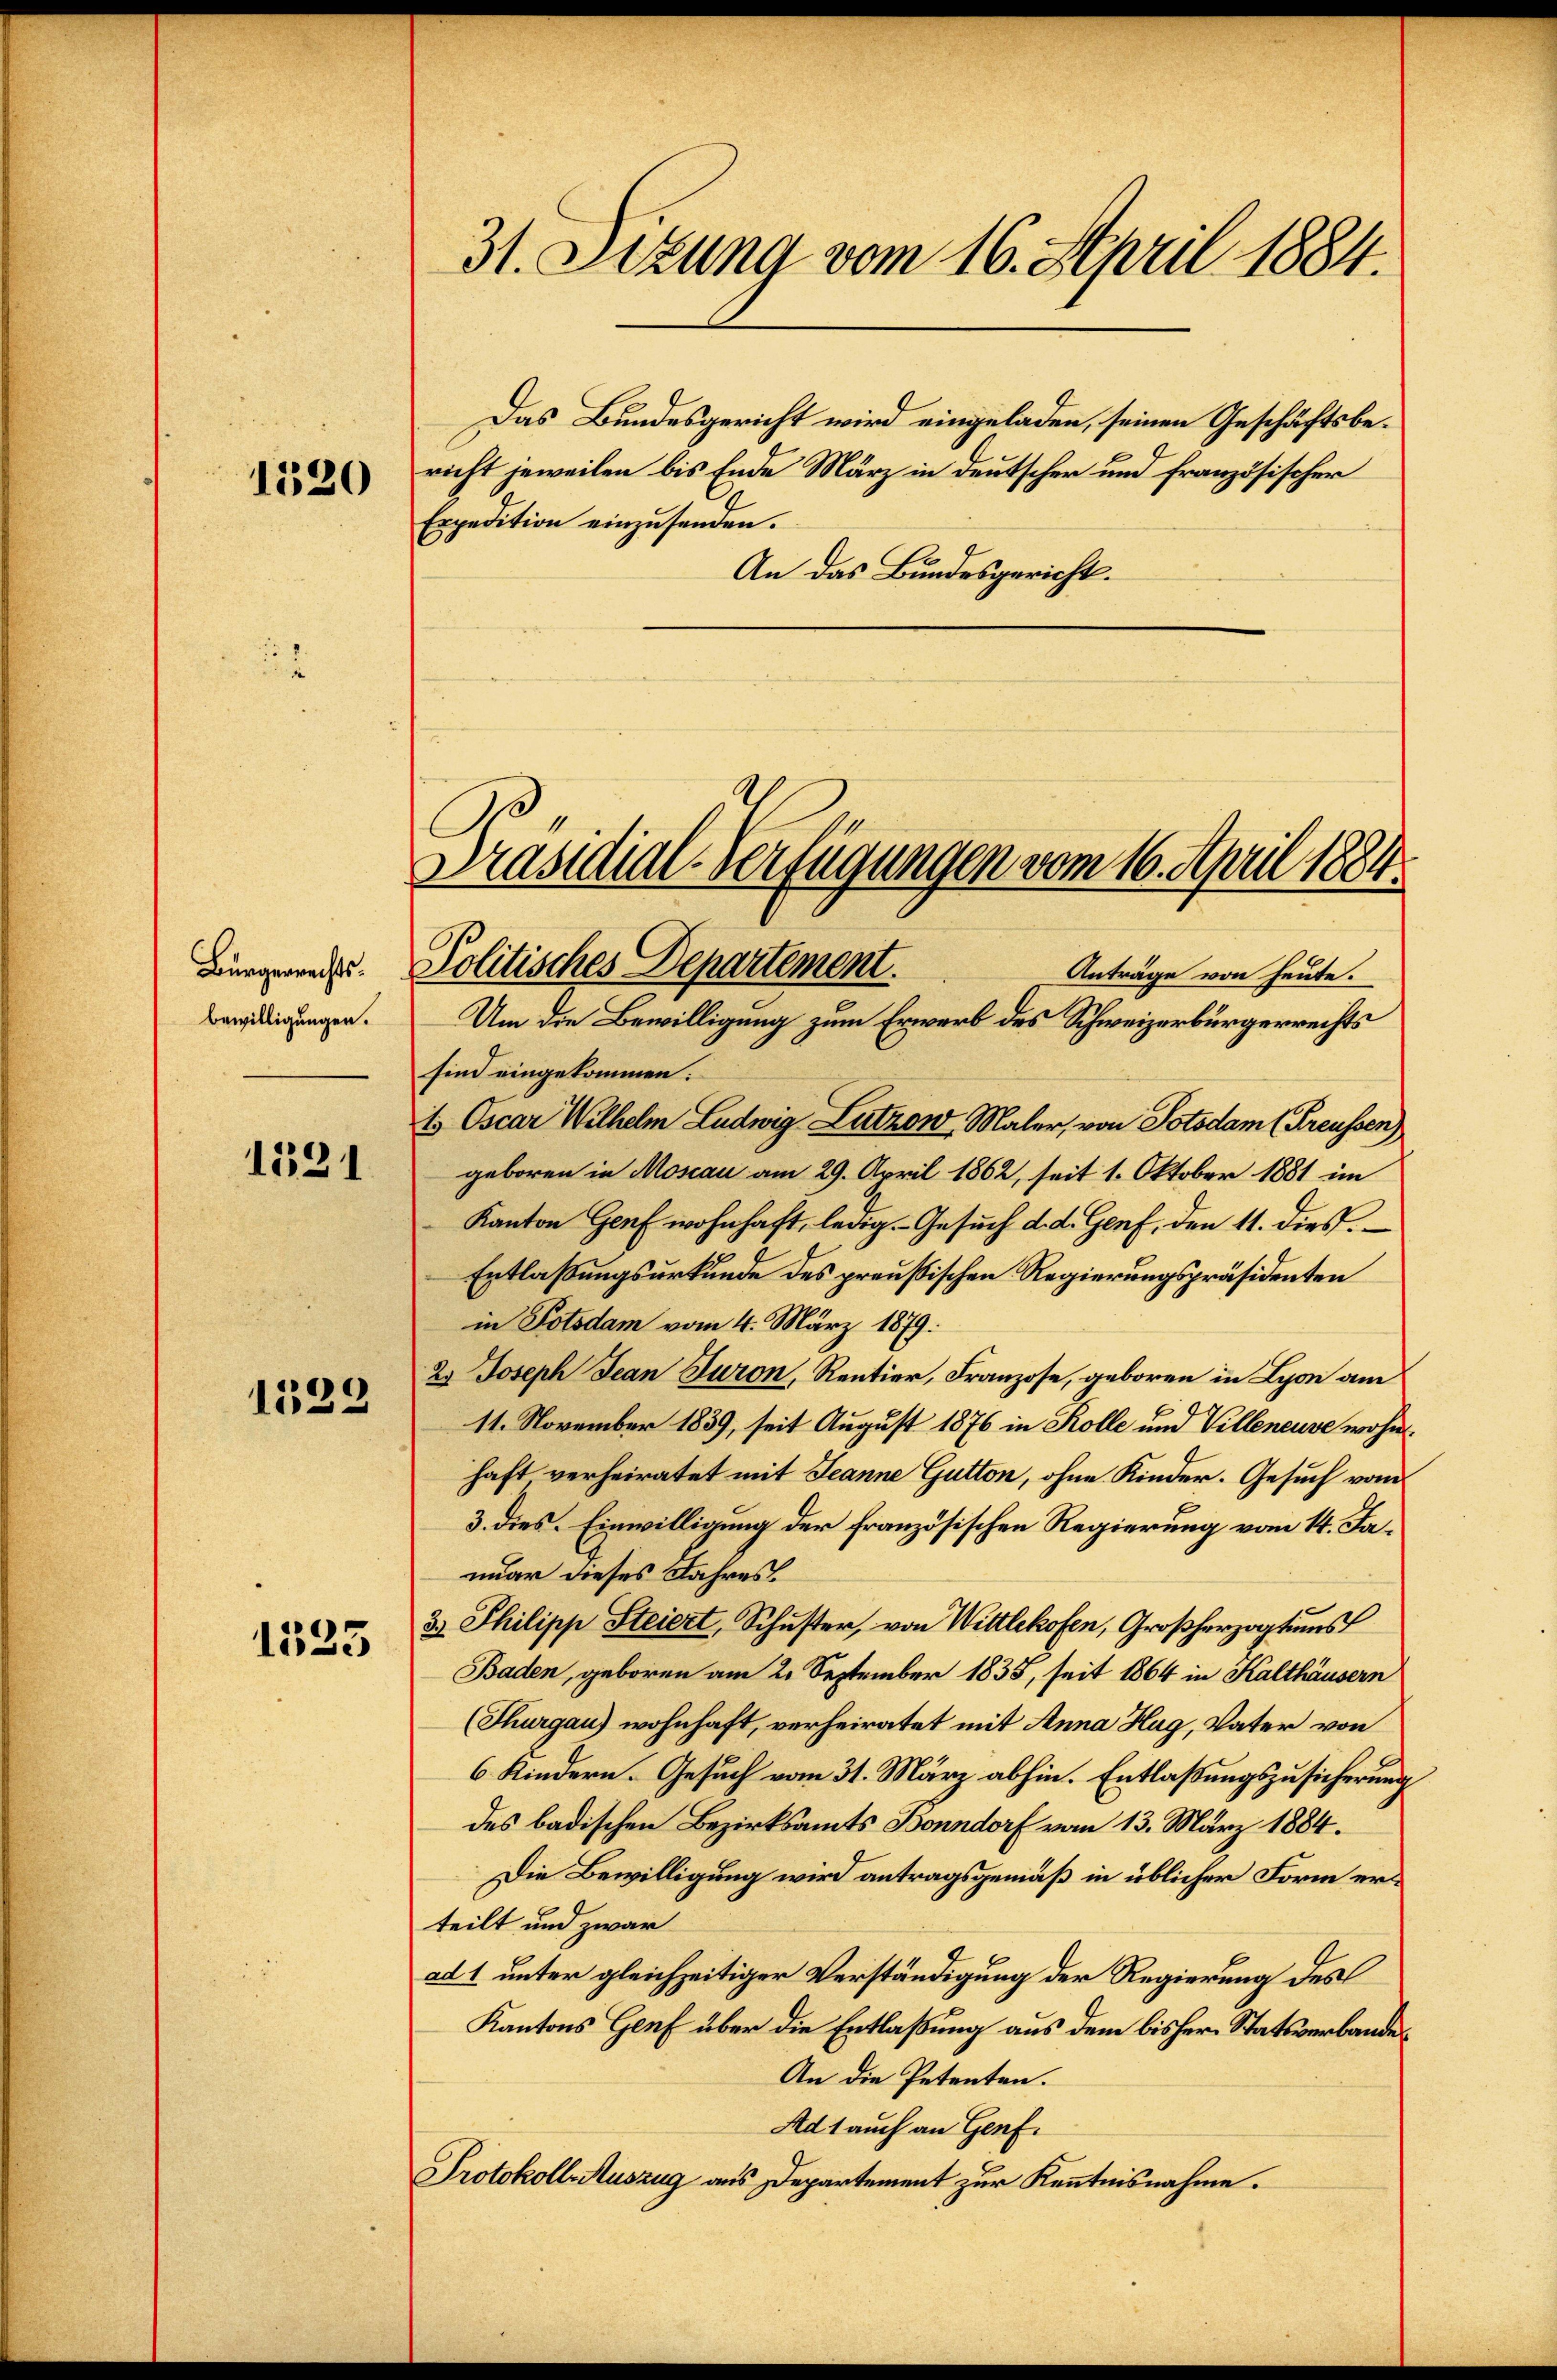
1520

Bürgerrechts.
bewilligungen.

1591

1529

1523

31. Sizung vom 16. April 1884.

richt jeweilen bis Ende März in deutscher und französischer
Expedition einzusenden.
An das Bundesgericht.
Um die Bewilligung zum Erwerb des Schweizerbürgerrechts
sind eingekommen.
t. Oscar Wilhelm Ludwig Lutzow Maler, von Potsdam (Preussen)
geboren in Moscau am 29. April 1862, seit 1. Oktober 1881 im
Kanton Genf wohnhaft, ledig. Gesŭch d. d. Genf, den 11. dies
Entlaßungsurkunde des preußischen Regierungspräsidenten
in Potsdam vom 4. März 1879.
2. Joseph Jean Turon, Rentier, Franzose, geboren in Lyon am
11. November 1839, seit August 1876 in Kolle und Villeneuve wohnhaft verheiratet mit Jeanne Gutton, ohne Kinder. Gesuch vom
3. dies. Einwilligung der französischen Regierung vom 14. Januar dieses Jahres
3. Philipp Steiert, Schuster, von Wittlekofen, Großherzogtums
Baden, geboren am 2. September 1835, seit 1864 in Kalthäusern
(Thurgau) wohnhaft, verheiratet mit Anna Hug, Vater von
6 Kindern. Gesuch vom 31. März abhin. Entlaßungszusicherung
des badischen Bezirksamts Bonndorf vom 13. März 1884.
Die Bewilligung wird antragsgemäß in üblicher Form erteilt und zwar
ad 1 unter gleichzeitiger Verständigung der Regierung des
Kantons Genf über die Entlaßung aus dem bisherr Statsverbandes
An die Petenten.
Ad 1 auch an Genf.
Protokoll Auszug aus Departement zur Kenntnisnahme.

Das Bundesgericht wird eingeladen, seinen Geschäftsbe¬

Politisches Departement.
Anträge von heute.

Präsidial-Verfügungen vom 16. April 1884